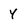
Character: y